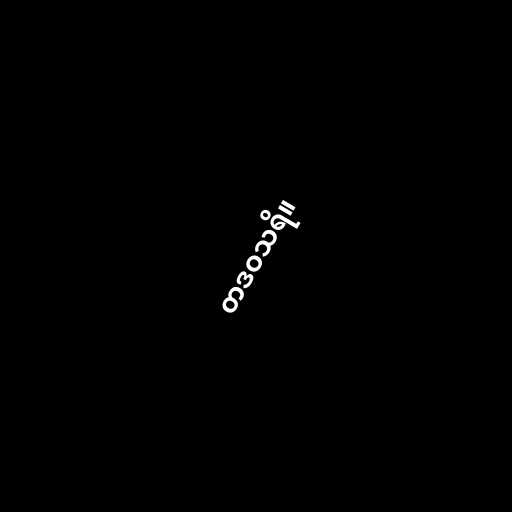
တဒဝသရိ။